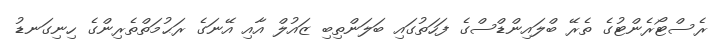
ރެސްޓޯރެންޓުގެ ތެރޭ ބްލައިންޑްސްގެ ފަހަތުގައި ބަލަންތިބި ޒައުލް އާއި އޭނަގެ ރަޙުމަތްތެރިންގެ ހިނިގަނޑު